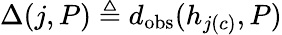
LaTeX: \Delta(j,P)\triangleq d_{\mathrm{obs}}(h_{j(c)},P)